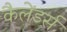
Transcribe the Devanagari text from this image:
कैलेंडर्स